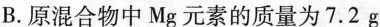
B.原混合物中Mg元素的质量为7.2g.